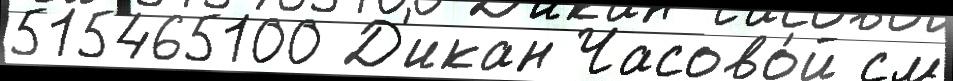
515465100 Д'икан Часово́й см